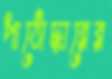
পাঠোদ্ধারের